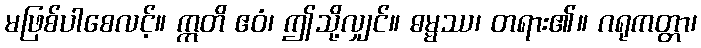
မဖြစ်ပါစေလင့်။ ဣတိ ဧဝံ၊ ဤသို့လျှင်။ ဓမ္မဿ၊ တရား၏။ ဂရုကတ္တာ၊